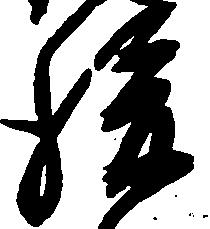
後